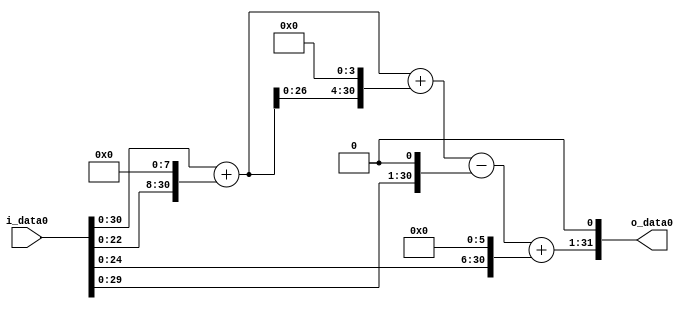
module multiplier_block (
    i_data0,
    o_data0
);

  // Port mode declarations:
  input   [31:0] i_data0;
  output  [31:0]
    o_data0;

  //Multipliers:

  wire [31:0]
    w1,
    w256,
    w257,
    w4112,
    w4369,
    w2,
    w4367,
    w64,
    w4431,
    w8862;

  assign w1 = i_data0;
  assign w2 = w1 << 1;
  assign w256 = w1 << 8;
  assign w257 = w1 + w256;
  assign w4112 = w257 << 4;
  assign w4367 = w4369 - w2;
  assign w4369 = w257 + w4112;
  assign w4431 = w4367 + w64;
  assign w64 = w1 << 6;
  assign w8862 = w4431 << 1;

  assign o_data0 = w8862;

  //multiplier_block area estimate = 7095.2112472853;
endmodule